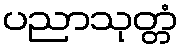
ပညာသုတ္တံ